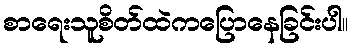
စာရေးသူစိတ်ထဲကပြောနေခြင်းပါ။